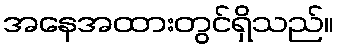
အနေအထားတွင်ရှိသည်။